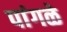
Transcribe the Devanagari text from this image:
पांगळे